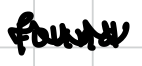
Text: found
Cross-out: zig-zag
Writing tool: digital_black